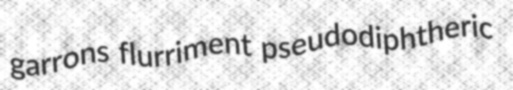
garrons flurriment pseudodiphtheric